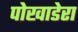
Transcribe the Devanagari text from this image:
पोखाडेरा